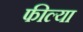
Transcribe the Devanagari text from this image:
फील्या